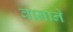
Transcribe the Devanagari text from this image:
वानाने